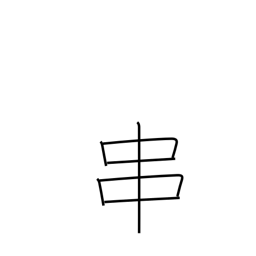
Meaning: spit